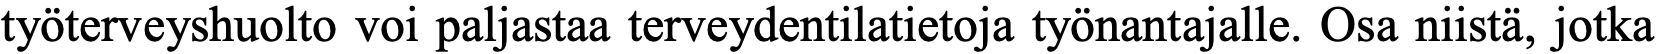
työterveyshuolto voi paljastaa terveydentilatietoja työnantajalle. Osa niistä, jotka